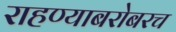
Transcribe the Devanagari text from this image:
राहण्याबरोबरच